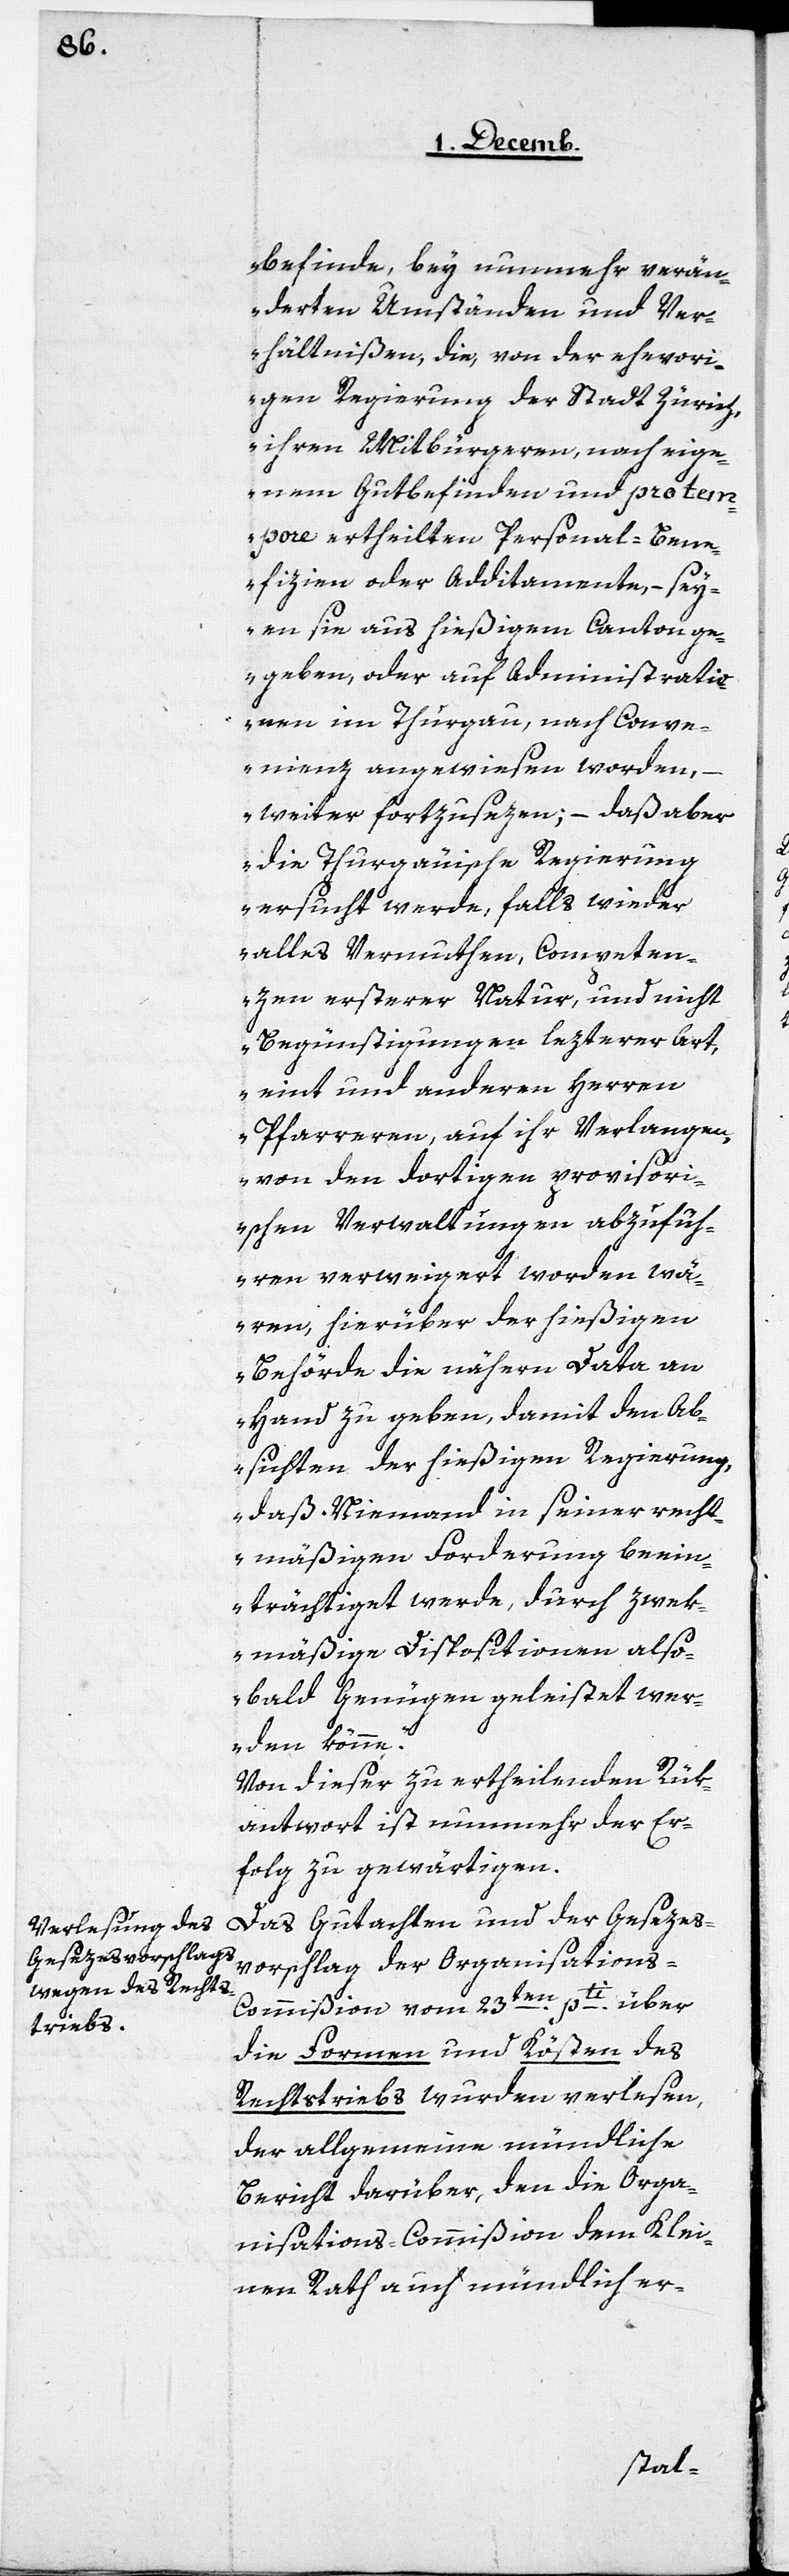
befinde, bey nunmehr verän¬
derten Umständen und Ver¬
hältnißen, die, von der ehevori¬
gen Regierung der Stadt Zürich,
ihren Mitbürgeren, nach eige¬
nem Gutbefinden und pro tem¬
pore ertheilten Personal-Bene¬
fizien oder Additamente, – sey¬
en sie aus hießigem Canton ge¬
geben, oder auf Administratio¬
nen im Thurgau, nach Conve¬
nienz angewiesen worden, –
weiter fortzusezen; – daß aber
die Thurgauische Regierung
ersucht werde, falls wieder
alles Vermuthen, Competen¬
zen ersterer Natur, und nicht
Begünstigungen lezterer Art,
eint und anderen Herren
Pfarreren, auf ihr Verlangen,
von den dortigen provisori¬
schen Verwaltungen abzufüh¬
ren verweigert worden wä¬
ren, hierüber der hießigen
Behörde die nähern Data an
Hand zu geben, damit den Ab¬
sichten der hießigen Regierung,
daß Niemand in seiner recht¬
mäßigen Forderung beein¬
trächtiget werde, durch zwek¬
mäßige Dispositionen also¬
bald Genügen geleistet wer¬
den könne.“
Von dieser zu ertheilenden Rük¬
antwort ist nunmehr der Er¬
folg zu gewärtigen.
Das Gutachten und der Gesezes¬
vorschlag der Organisation¬
s-Commißion vom 23ten. pti über
die Formen und Kösten des
Rechtstriebs wurden verlesen,
der allgemeine mündliche
Bericht darüber, den die Orga¬
nisations-Commißion dem Klei¬
nen Rath auch mündlich er-